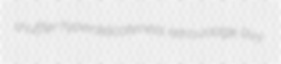
shuffler hyperdelicateness retroussage Rivy